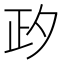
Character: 𣥛